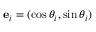
\mathbf { e } _ { i } = ( \cos \theta _ { i } , \sin \theta _ { i } )